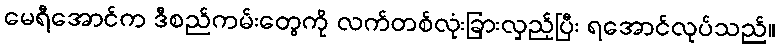
မေရီအောင်က ဒီစည်ကမ်းတွေကို လက်တစ်လုံးခြားလှည့်ပြီး ရအောင်လုပ်သည်။